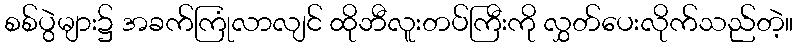
စစ်ပွဲများ၌ အခက်ကြုံလာလျင် ထိုဘီလူးတပ်ကြီးကို လွှတ်ပေးလိုက်သည်တဲ့။